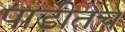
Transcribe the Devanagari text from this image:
पाडीतच